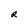
Character: R